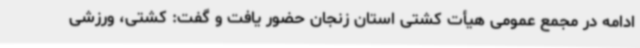
ادامه در مجمع عمومی هیأت کشتی استان زنجان حضور یافت و گفت: کشتی، ورزشی